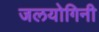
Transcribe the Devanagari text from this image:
जलयोगिनी